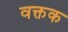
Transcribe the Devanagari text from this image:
वक्तक